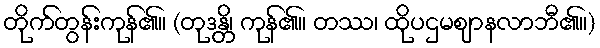
တိုက်တွန်းကုန်၏။ (တုဒန္တိ၊ ကုန်၏။ တဿ၊ ထိုပဌမဈာနလာဘီ၏။)